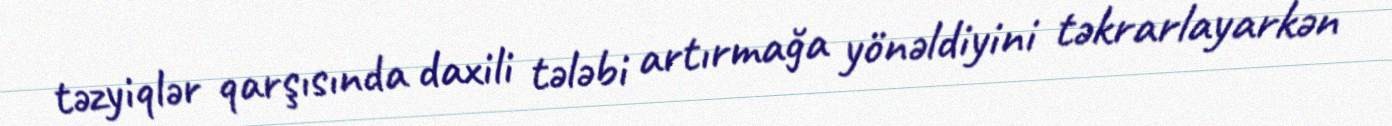
təzyiqlər qarşısında daxili tələbi artırmağa yönəldiyini təkrarlayarkən